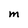
Character: M